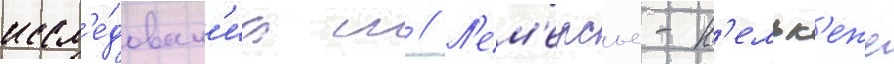
иссл'е́дован'иа ш // Л'ем'ерсье-к'ельк'еже